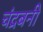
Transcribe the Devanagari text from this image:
चंद्रबनी